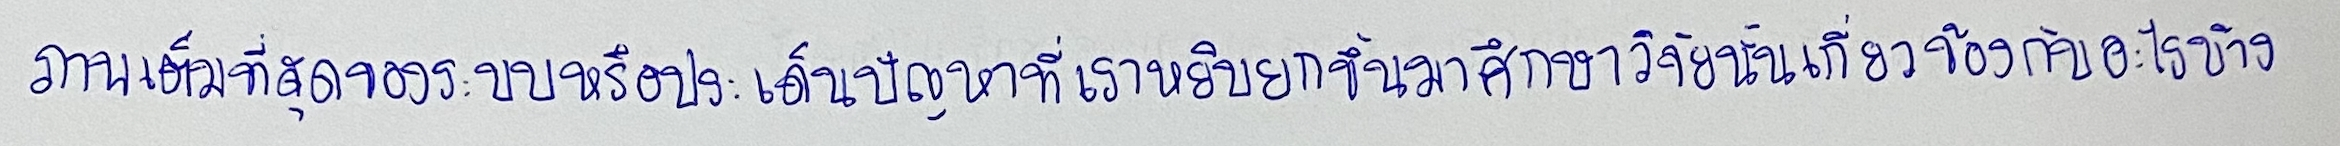
ภาพเต็มที่สุดของระบบหรือประเด็นปัญหาที่เราหยิบยกขึ้นมาศึกษาวิจัยนั้นเกี่ยวข้องกับอะไรบ้าง